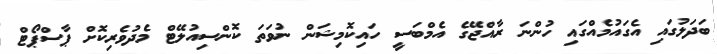
ބަދަލުގައި އެގައުމެއްގައި ހުންނަ ރާއްޖޭގެ އެމްބަސީ ހައިކޮމިޝަން ނުވަތަ ކޮންސިއުލޭޓް މެދުވެރިކޮށް ޕާސްޕޯޓް